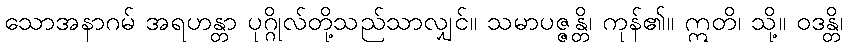
သောအနာဂမ် အရဟန္တာ ပုဂ္ဂိုလ်တို့သည်သာလျှင်။ သမာပဇ္ဇန္တိ၊ ကုန်၏။ ဣတိ၊ သို့။ ဝဒန္တိ၊